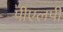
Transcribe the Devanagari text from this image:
पीएलपी